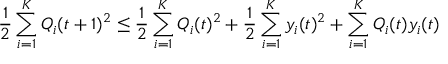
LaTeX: { \frac { 1 } { 2 } } \sum _ { i = 1 } ^ { K } Q _ { i } ( t + 1 ) ^ { 2 } \leq { \frac { 1 } { 2 } } \sum _ { i = 1 } ^ { K } Q _ { i } ( t ) ^ { 2 } + { \frac { 1 } { 2 } } \sum _ { i = 1 } ^ { K } y _ { i } ( t ) ^ { 2 } + \sum _ { i = 1 } ^ { K } Q _ { i } ( t ) y _ { i } ( t )